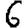
Digit: 6